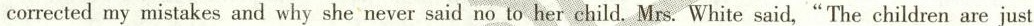
corrected my mistakes and why she never said no to her child. Mrs. White said，“The children are just